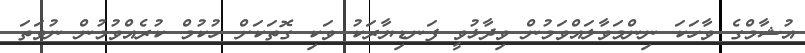
އުޝާމްގެ ވާހަކަ ނިންމަވާލައްވަމުން ވިދާޅުވީ ފަނޑިޔާރަކު ވަކި ގޮތަކަށް ހުކުމް ކުރެއްވުމުން ނުވަތަ